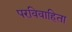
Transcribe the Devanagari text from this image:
परविवाहिता